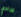
جرادي